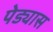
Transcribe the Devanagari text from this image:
पेड्यास